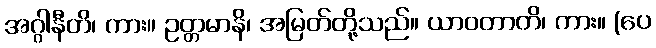
အဂ္ဂါနီတိ၊ ကား။ ဥတ္တမာနိ၊ အမြတ်တို့သည်။ ယာဝတာတိ၊ ကား။ (ပေ